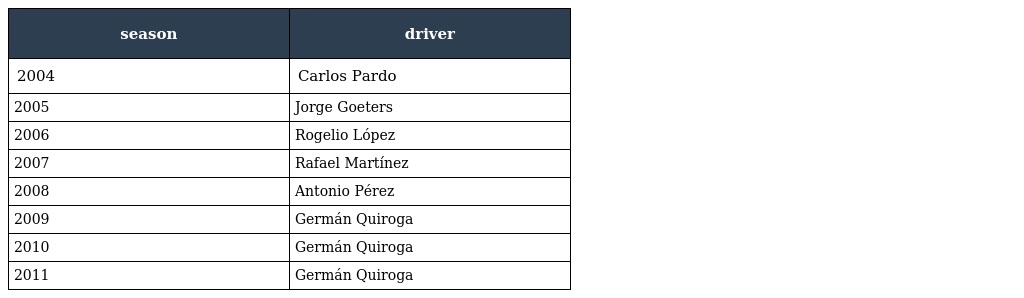
| season | driver |
 | --- | --- |
 | 2004 | Carlos Pardo |
 | 2005 | Jorge Goeters |
 | 2006 | Rogelio López |
 | 2007 | Rafael Martínez |
 | 2008 | Antonio Pérez |
 | 2009 | Germán Quiroga |
 | 2010 | Germán Quiroga |
 | 2011 | Germán Quiroga |